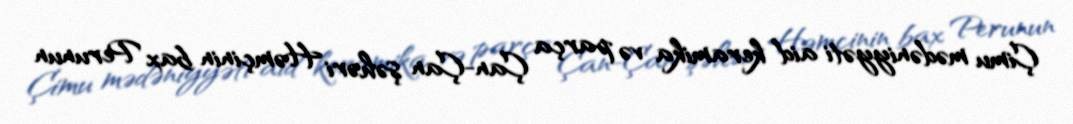
Çimu mədəniyyəti aid keramika və parça Çan-Çan şəhəri Həmçinin bax Perunun